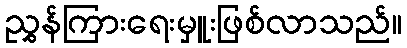
ညွှန်ကြားရေးမှူးဖြစ်လာသည်။